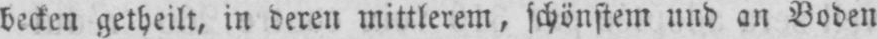
becken getheilt, in deren mittlerem, schönstem und an Boden